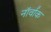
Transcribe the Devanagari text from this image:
नॉर्वॉक